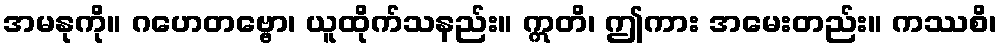
အမနုကို။ ဂဟေတဗ္ဗော၊ ယူထိုက်သနည်း။ ဣတိ၊ ဤကား အမေးတည်း။ ကဿစိ၊